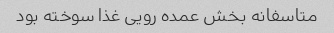
متاسفانه بخش عمده رویی غذا سوخته بود